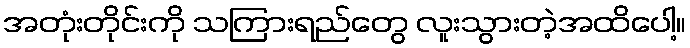
အတုံးတိုင်းကို သကြားရည်တွေ လူးသွားတဲ့အထိပေါ့။